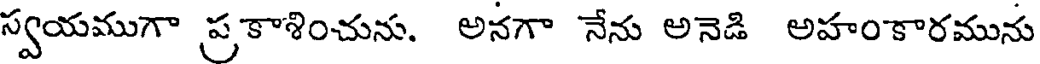
స్వయముగా ప్రకాశించును. అనగా నేను అనెడి అహంకారమును